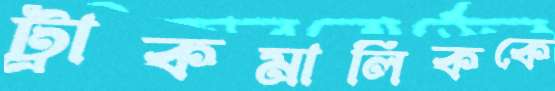
ট্রাকমালিককে